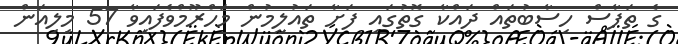
ގެ ތަފާސް ހިސާބުތައް ދައްކާ ގޮތުގައި ފަށާ ތައުލީމުން މަހްރޫމްވެފައިވާ 57 މިލިއަން